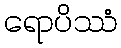
ရောပိဿံ